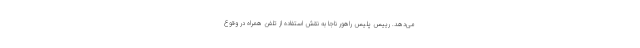
می‌دهد. رییس پلیس راهور ناجا به نقش استفاده از تلفن همراه در وقوع